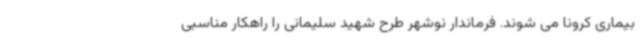
بیماری کرونا می شوند. فرماندار نوشهر طرح شهید سلیمانی را راهکار مناسبی